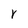
Character: r